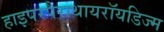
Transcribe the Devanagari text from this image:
हाइपरपैराथायरॉयडिज्म